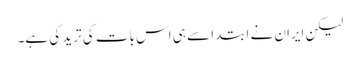
لیکن ایران نے ابتدا سے ہی اس بات کی ترید کی ہے۔